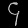
Digit: ၄